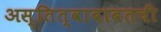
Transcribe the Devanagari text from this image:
अस्तित्वाबाबतची